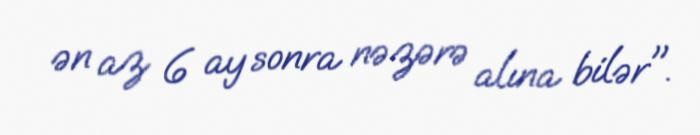
ən az 6 ay sonra nəzərə alına bilər".